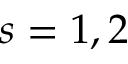
s = 1 , 2